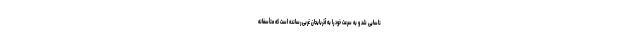
ناسایی شد و به سرعت خود را به آذربایجان غربی رسانده است که متأسفانه